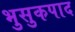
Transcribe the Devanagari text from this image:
भुसुकपाद